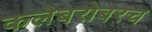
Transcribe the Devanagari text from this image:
कलेबरोबरच